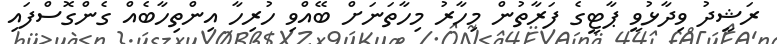
ރަޝީދު ވިދާޅުވީ ޕާޓީގެ ފަރާތުން މިހާރު މިހާތަނަށް ބޭއްވި ހުރިހާ އިންތިހާބެއް ގެންގޮސްފައި